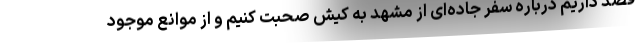
قصد داریم درباره سفر جاده‌ای از مشهد به کیش صحبت کنیم و از موانع موجود